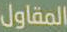
المقاول